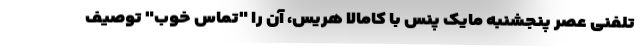
تلفنی عصر پنجشنبه مایک پنس با کامالا هریس، آن را "تماس خوب" توصیف